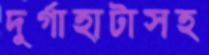
দুর্গাহাটাসহ